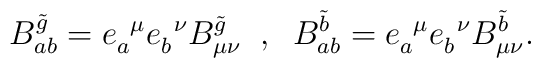
B^{\tilde{g}}_{ab} = e^{\;\;\mu}_{a} e^{\;\;\nu}_{b}B^{\tilde{g}}_{\mu\nu}\;\; ,\;\; B^{\tilde{b}}_{ab} = e^{\;\;\mu}_{a}e^{\;\;\nu}_{b}B^{\tilde{b}}_{\mu\nu}.